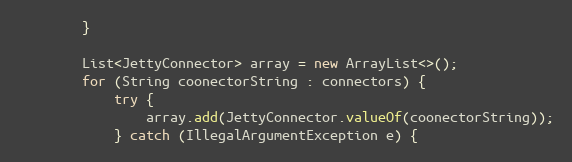
Language: Java
        }

        List<JettyConnector> array = new ArrayList<>();
        for (String coonectorString : connectors) {
            try {
                array.add(JettyConnector.valueOf(coonectorString));
            } catch (IllegalArgumentException e) {